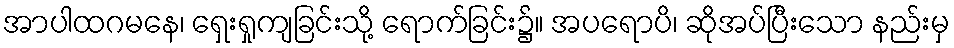
အာပါထဂမနေ၊ ရှေးရှုကျခြင်းသို့ ရောက်ခြင်း၌။ အပရောပိ၊ ဆိုအပ်ပြီးသော နည်းမှ